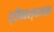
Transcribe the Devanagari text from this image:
द्वीपकल्पाजवळ